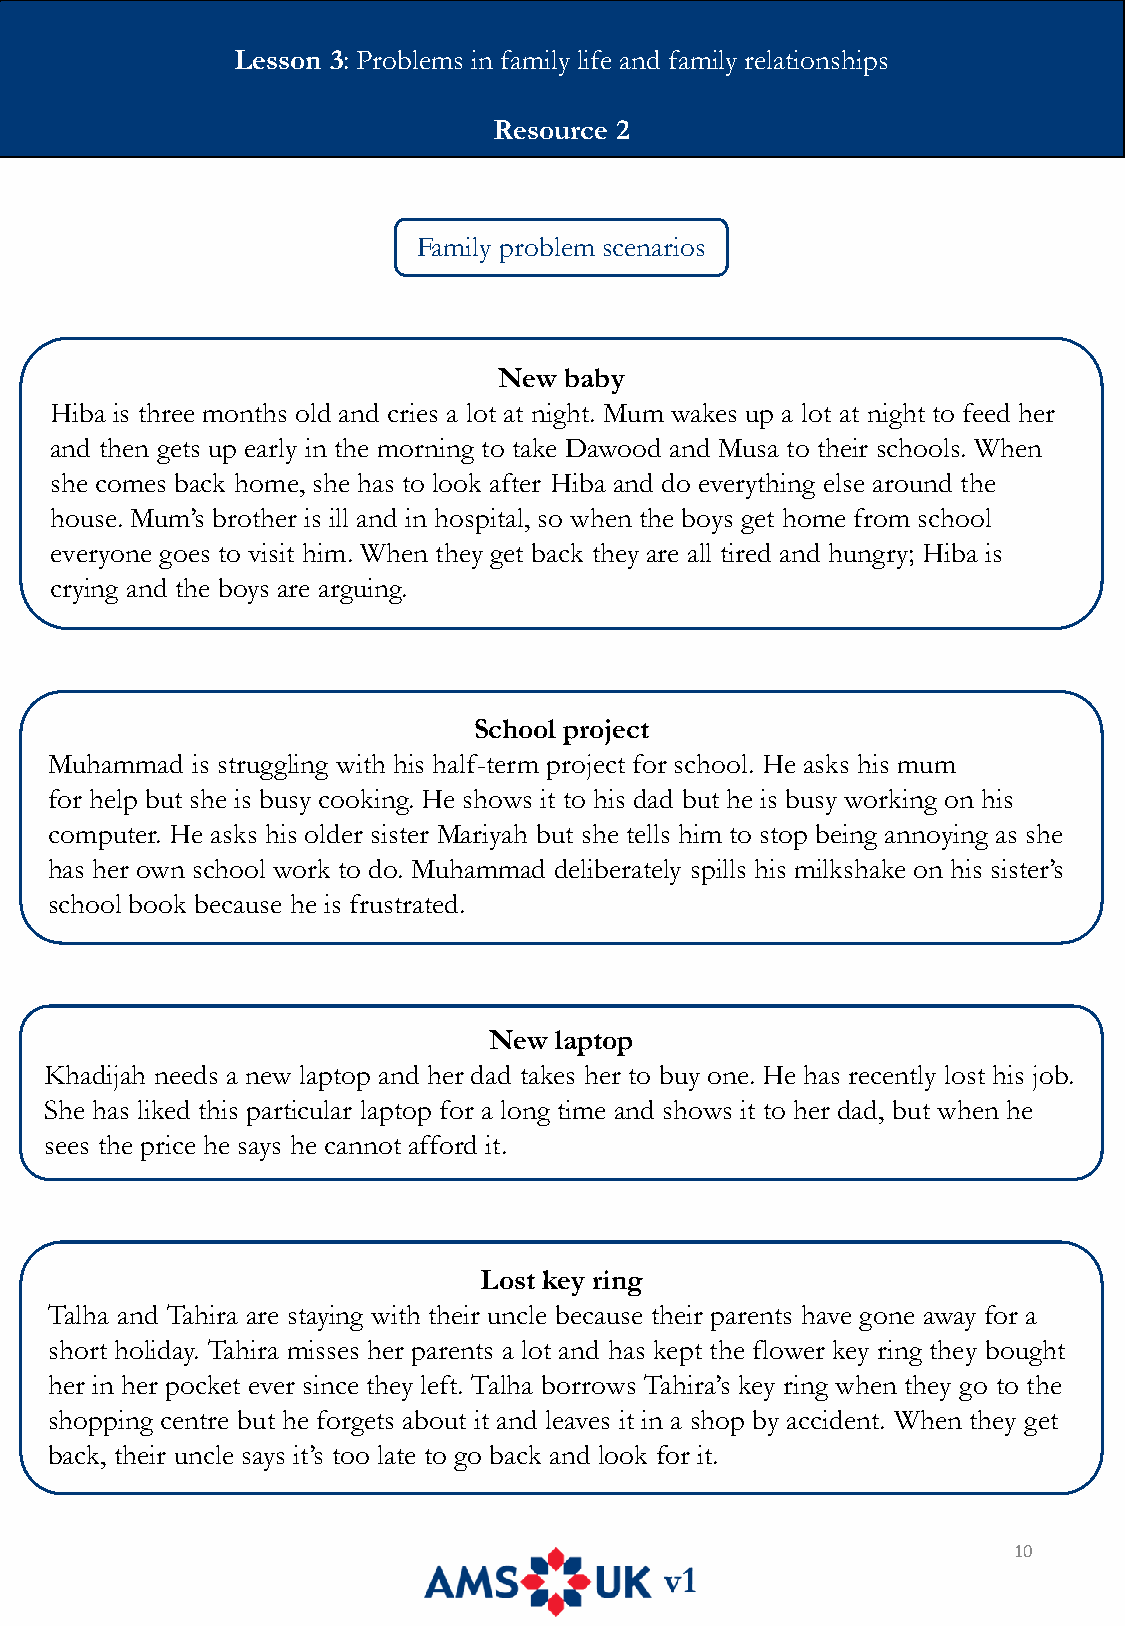
Lesson 3: Problems in family life and family relationships
 Resource 2
 Family problem scenarios
 New baby
 Hiba is three months old and cries a lot at night. Mum wakes up a lot at night to feed her
 and then gets up early in the morning to take Dawood and Musa to their schools. When
 she comes back home, she has to look after Hiba and do everything else around the
 house. Mum’s brother is ill and in hospital, so when the boys get home from school
 everyone goes to visit him. When they get back they are all tired and hungry; Hiba is
 crying and the boys are arguing.
 School project
 Muhammad  is struggling with his half-term project for school. He asks his mum
 for help but she is busy cooking. He shows it to his dad but he is busy working on his
 computer. He asks his older sister Mariyah but she tells him to stop being annoying as she
 has her own school work to do. Muhammad deliberately spills his milkshake on his sister’s
 school book because he is frustrated.
 New  laptop
 Khadijah needs a new laptop and her dad takes her to buy one. He has recently lost his job.
 She has liked this particular laptop for a long time and shows it to her dad, but when he
 sees the price he says he cannot afford it.
 Lost key ring
 Talha and Tahira are staying with their uncle because their parents have gone away for a
 short holiday. Tahira misses her parents a lot and has kept the flower key ring they bought
 her in her pocket ever since they left. Talha borrows Tahira’s key ring when they go to the
 shopping centre but he forgets about it and leaves it in a shop by accident. When they get
 back, their uncle says it’s too late to go back and look for it.
 10